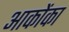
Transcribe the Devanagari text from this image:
आकोंका